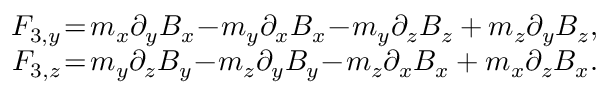
\begin{array} { r } { F _ { 3 , y } \! = \! m _ { x } \partial _ { y } B _ { x } \! - \! m _ { y } \partial _ { x } B _ { x } \! - \! m _ { y } \partial _ { z } B _ { z } + m _ { z } \partial _ { y } B _ { z } , } \\ { F _ { 3 , z } \! = \! m _ { y } \partial _ { z } B _ { y } \! - \! m _ { z } \partial _ { y } B _ { y } \! - \! m _ { z } \partial _ { x } B _ { x } + m _ { x } \partial _ { z } B _ { x } . } \end{array}